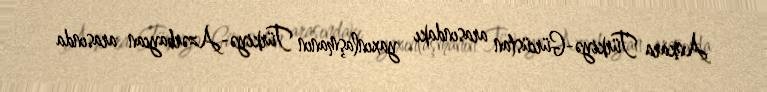
Ankara Türkiyə-Gürcüstan arasındakı yaxınlaşmanın Türkiyə-Azərbaycan arasında